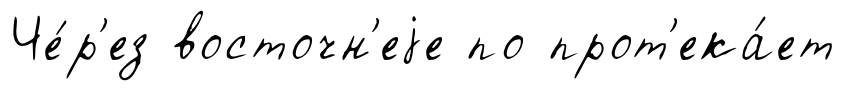
Че́р'ез восточн'еjе по прот'ека́ет